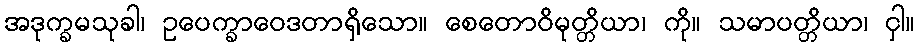
အဒုက္ခမသုခါ၊ ဥပေက္ခာဝေဒတာရှိသော။ စေတောဝိမုတ္တိယာ၊ ကို။ သမာပတ္တိယာ၊ ငှါ။